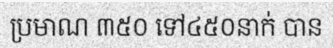
ប្រមាណ ៣៥០ ទៅ៤៥០នាក់ បាន